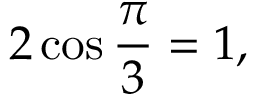
2 \cos { \frac { \pi } { 3 } } = 1 ,